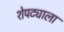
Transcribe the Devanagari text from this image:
शेपट्याला